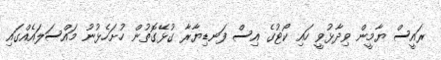
ރައީސް ޔާމީން ވިދާޅުވީ ހައި ކޯޓުގެ އިސް ފަނޑިޔާރާ ގުޅޭގޮތުން ހުށަހެޅުނު މައްސަލައެއްގައި